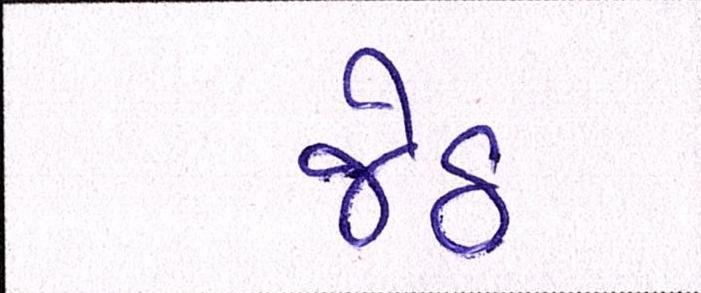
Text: જેઠ